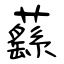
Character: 蘨